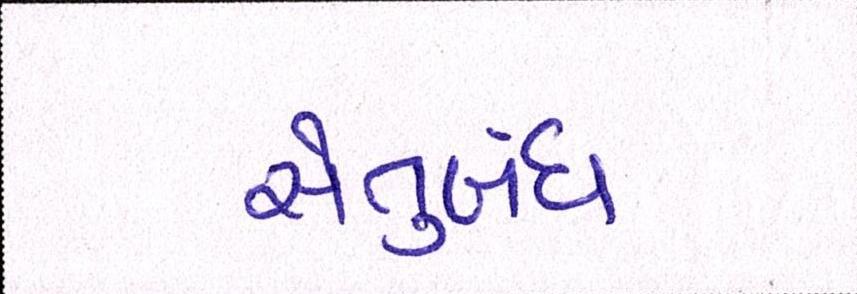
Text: સેતુબંધ